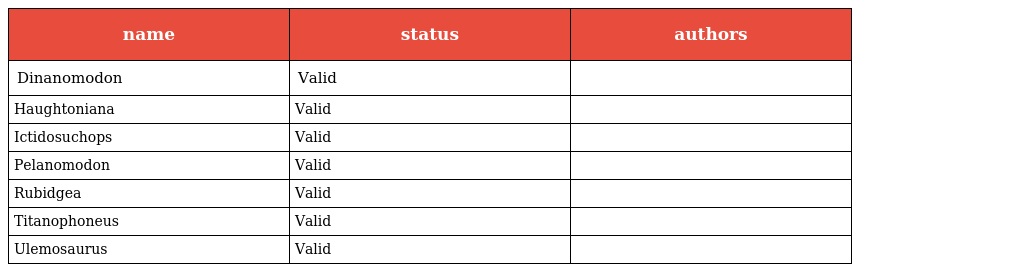
| name | status | authors |
 | --- | --- | --- |
 | Dinanomodon | Valid |  |
 | Haughtoniana | Valid |  |
 | Ictidosuchops | Valid |  |
 | Pelanomodon | Valid |  |
 | Rubidgea | Valid |  |
 | Titanophoneus | Valid |  |
 | Ulemosaurus | Valid |  |